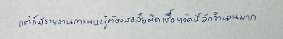
แต่ก็มีรายงานการพบผู้ต้องสงสัยติดเชื้อหวัดนี้อีกจำนวนมาก